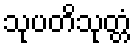
သုပတိသုတ္တံ